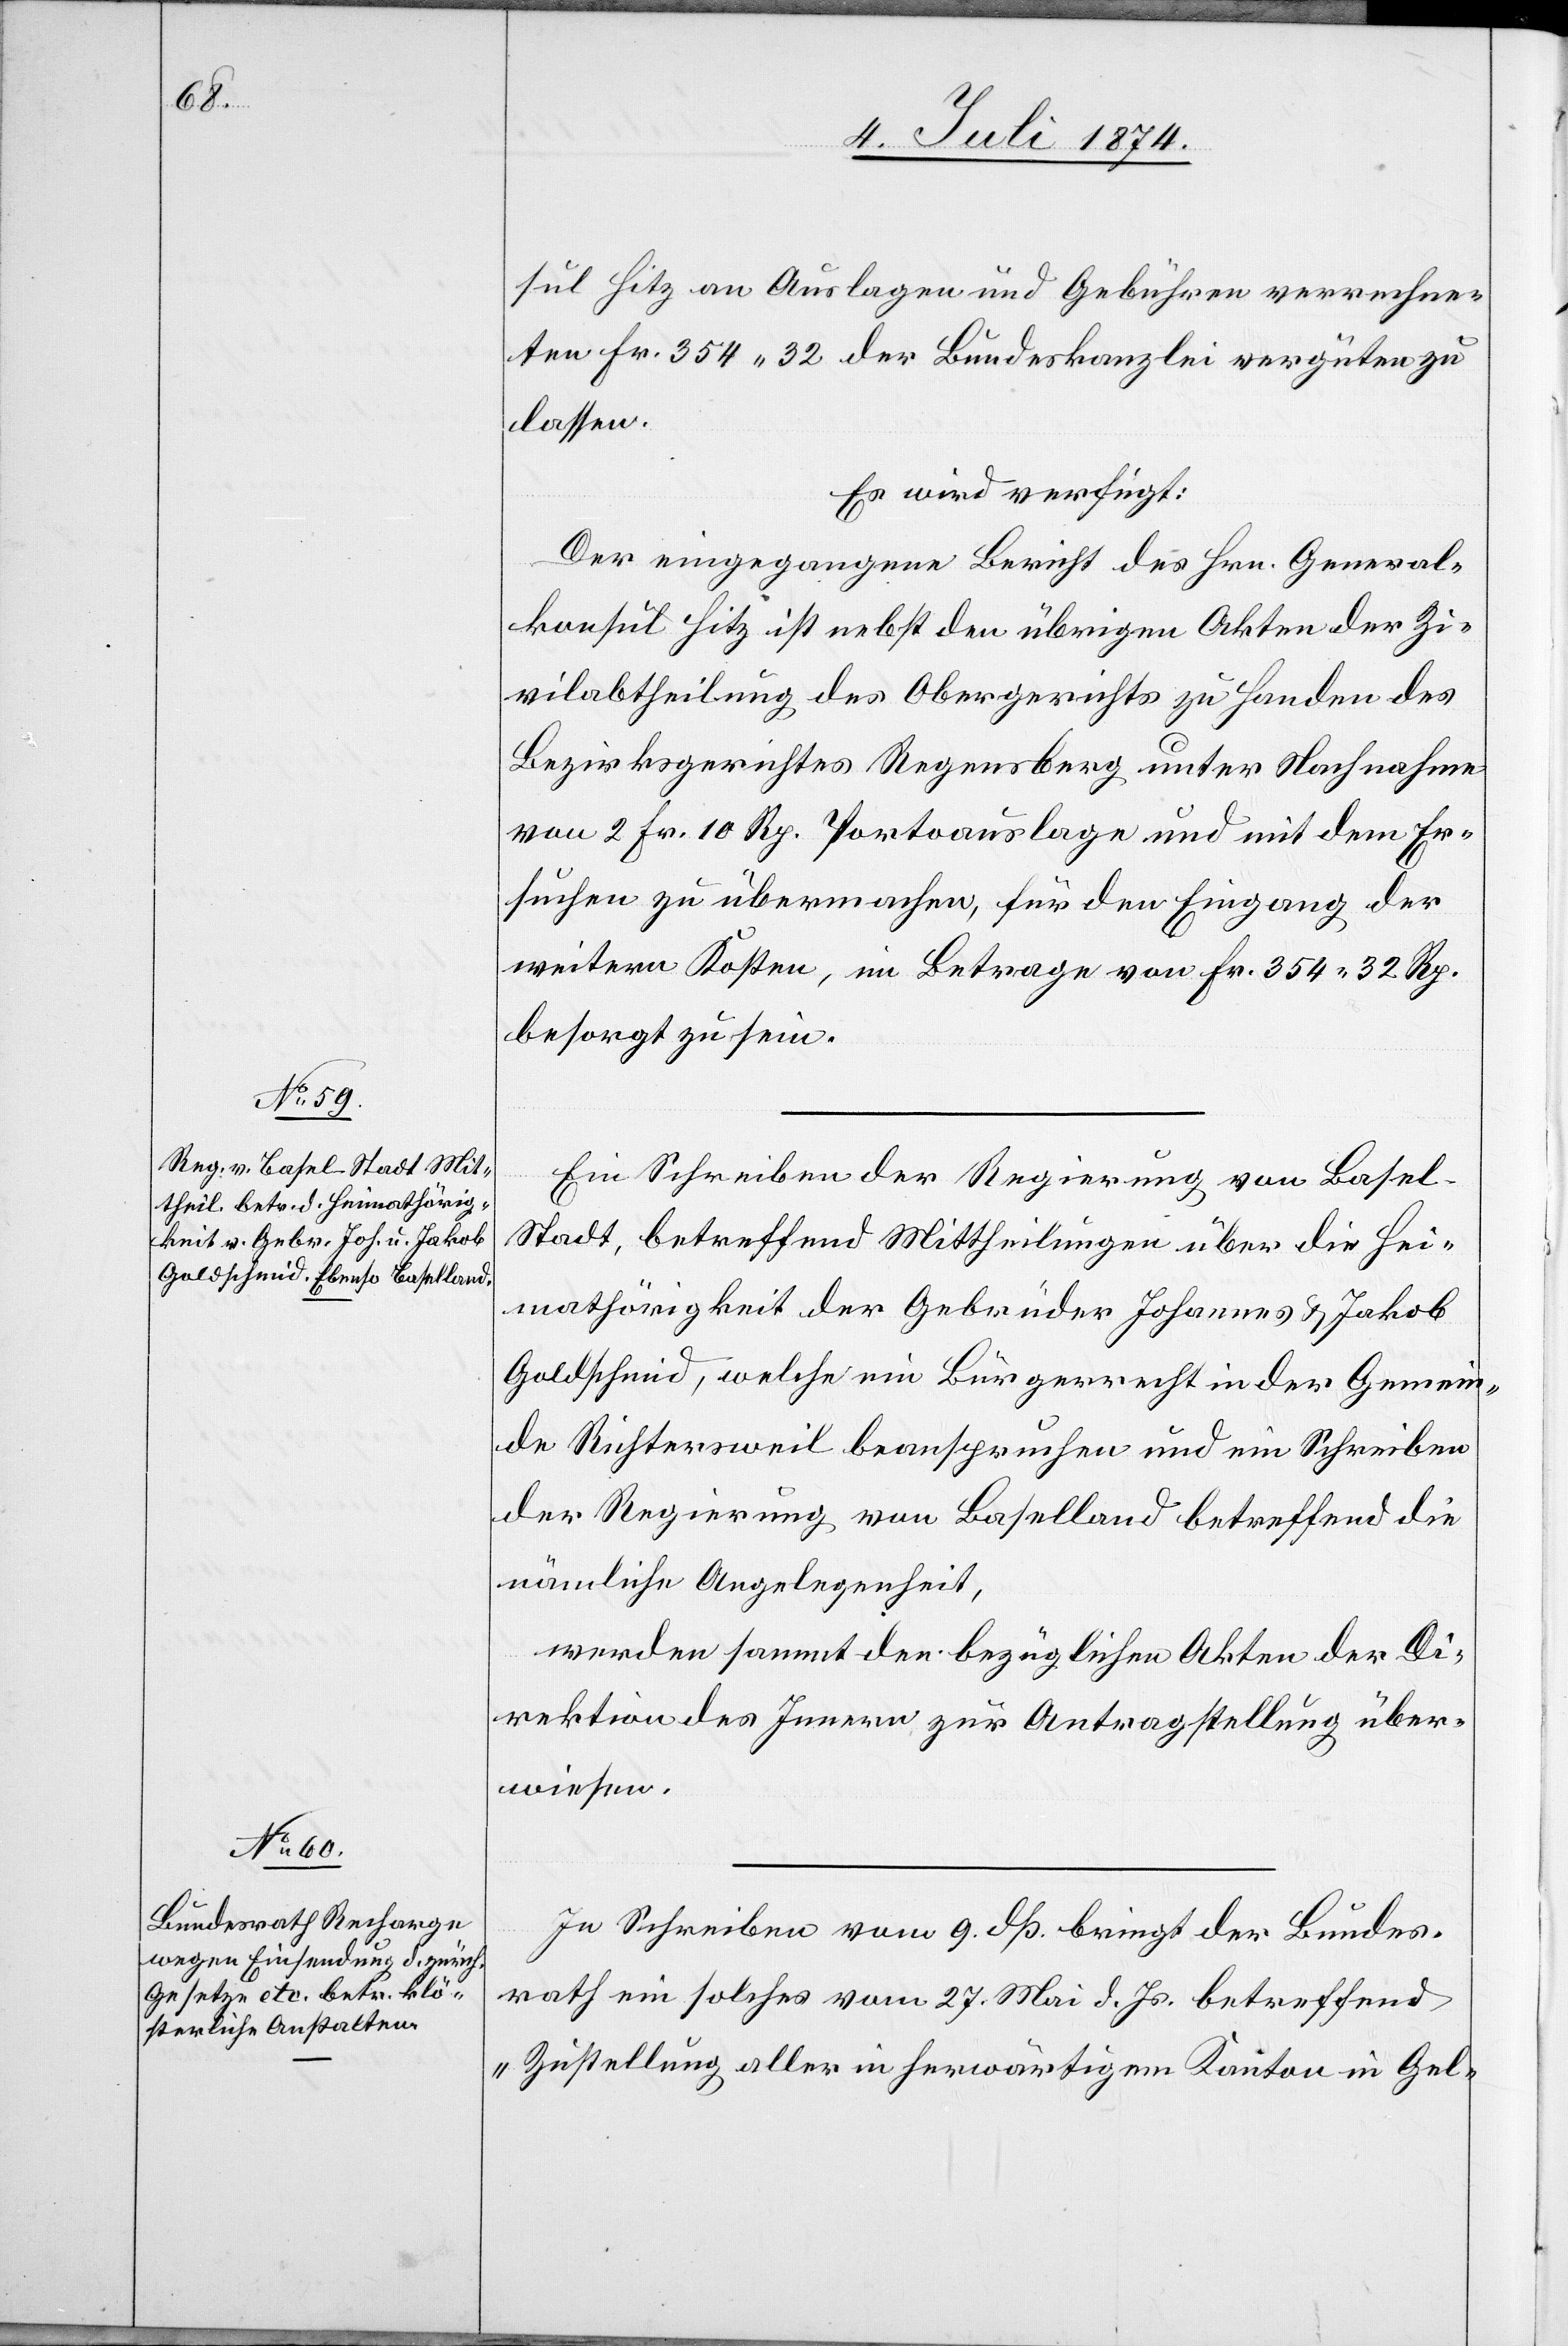
10. Juli 1874.]
sul Hitz an Auslagen und Gebühren verrechne¬
ten Fr. 354.32 der Bundeskanzlei vergüten zu
lassen.
Es wird verfügt:
Der eingegangene Bericht des Hrn. General¬
konsul Hitz ist nebst den übrigen Akten der Z¬
vilabtheilung des Obergerichts zu Handen des
Bezirksgerichtes Regensberg unter Nachnahme
von 2 Fr. 10 Rp. Portoauslage und mit dem Er¬
suchen zu übermachen, für den Eingang der
weitern Kosten, im Betrage von Fr. 354.32 Rp.
besorgt zu sein.
Ein Schreiben der Regierung von Basel-S¬
tadt, betreffend Mittheilungen über die Hei¬
mathörigkeit der Gebrüder Johannes u. Jakob
Goldschmid, welche ein Bürgerrecht in der Gemein¬
de Richtersweil beanspruchen und ein Schreiben
der Regierung von Baselland betreffend die
nämliche Angelegenheit,
werden sammt den bezüglichen Akten der Di¬
rektion des Innern zur Antragstellung über¬
wiesen.
In Schreiben vom 9. dß. bringt der Bundes¬
rath ein solches vom 27. Mai d. Js. betreffend
„Zustellung aller in herwärtigem Kanton in Gel-